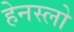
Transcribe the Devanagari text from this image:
हेनस्लो